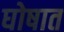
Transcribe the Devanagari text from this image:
घोषात